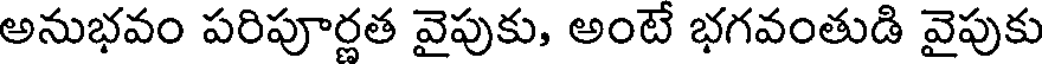
అనుభవం పరిపూర్ణత వైపుకు, అంటే భగవంతుడి వైపుకు